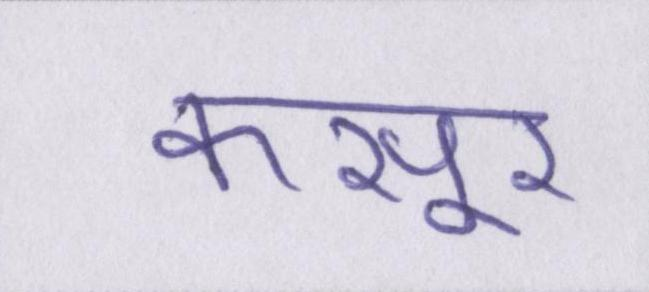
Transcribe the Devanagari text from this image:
कसूर